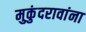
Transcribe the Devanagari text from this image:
मुकुंदरावांना